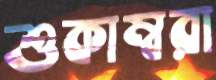
শুকাম্বরা